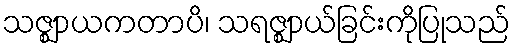
သဇ္ဈာယကတာပိ၊ သရဇ္ဈာယ်ခြင်းကိုပြုသည်